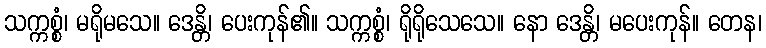
သက္ကစ္စံ၊ မရိုမသေ။ ဒေန္တိ၊ ပေးကုန်၏။ သက္ကစ္စံ၊ ရိုရိုသေသေ။ နော ဒေန္တိ၊ မပေးကုန်။ တေန၊